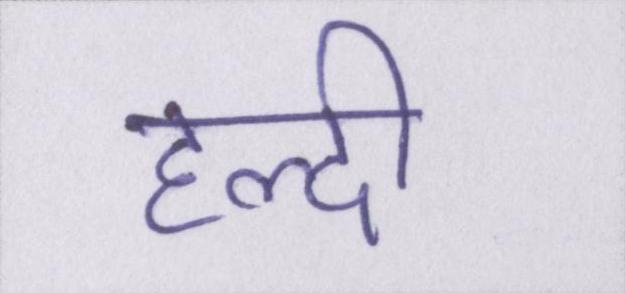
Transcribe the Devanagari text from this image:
हल्दी